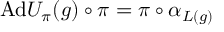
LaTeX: \mathrm { A d } U _ { \pi } ( g ) \circ \pi = \pi \circ \alpha _ { L ( g ) }